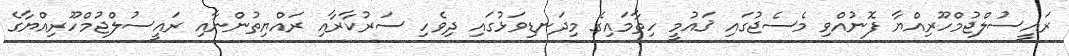
ރައީސުލްޖުމްހޫރިއްޔާ ފޮނުއްވި މެސެޖުގައި ޤައުމީ ހިތާމައިގެ މިދަނޑިވަޅުގައި ދިވެހި ސަރުކާރާއި ރައްޔިތުންނާއި ރައީސުލްޖުމްހޫރިއްޔާގެ